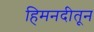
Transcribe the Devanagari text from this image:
हिमनदीतून